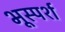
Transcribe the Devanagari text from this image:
भूस्पर्श